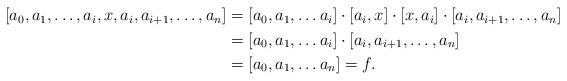
LaTeX: \begin{align*}\begin{aligned}[][a_0,a_1,\ldots,a_i,x,a_i,a_{i+1},\ldots,a_n]&=[a_0,a_1,\ldots a_i]\cdot[a_i,x]\cdot[x,a_i] \cdot [a_i,a_{i+1},\ldots,a_n] \\&=[a_0,a_1,\ldots a_i]\cdot [a_i,a_{i+1},\ldots,a_n] \\&=[a_0,a_1,\ldots a_n]=f.\end{aligned}\end{align*}